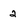
Character: 2